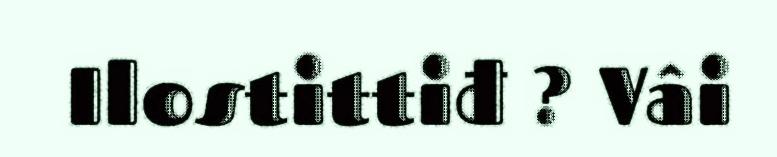
Ilostittiđ ? Vâi